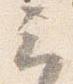
云